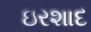
ઇરશાદ